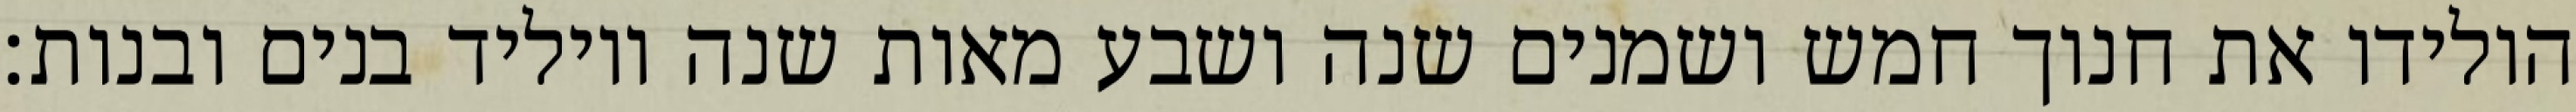
הולידו את חנוך חמש ושמנים שנה ושבע מאות שנה ויוליד בנים ובנות׃